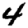
Digit: 4